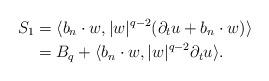
LaTeX: \begin{align*}S_1 & =\langle b_n \cdot w, |w|^{q-2} (\partial_t u + b_n \cdot w) \rangle \\& = B_q + \langle b_n \cdot w, |w|^{q-2} \partial_t u \rangle.\end{align*}